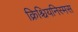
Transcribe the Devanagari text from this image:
क्रिश्चियनिस्मस